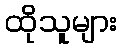
ထိုသူများ